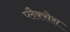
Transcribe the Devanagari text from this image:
प्लैक्सेस